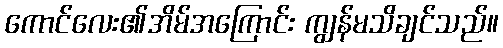
ကောင်လေး၏အိမ်အကြောင်း ကျွန်မသိချင်သည်။